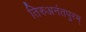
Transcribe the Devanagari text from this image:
तिरुअनंतपुरम्